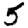
Digit: 5